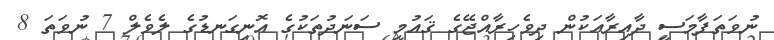
ނުވަތަފާމަސީ ދާއިރާއަކުން ދިވެހިރާއްޖޭގެ ޤައުމީ ސަނަދުތަކުގެ އޮނިގަނޑުގެ ލެވެލް 7 ނުވަތަ 8